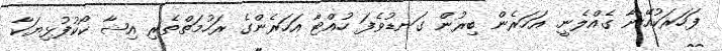
ފަހަރަކުއޭނާ ގެއްލެނީ. އަހަރެން ބިރުން ގަނޑުވެފަ ހުއްޓާ އަހަރެންގެ ރަހުމަތްތެރި އިޝާ ކޯކުފުޅިޔަކާ